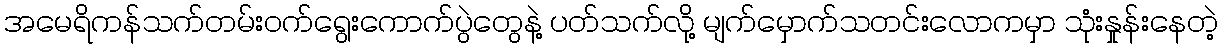
အမေရိကန်သက်တမ်းဝက်ရွေးကောက်ပွဲတွေနဲ့ ပတ်သက်လို့ မျက်မှောက်သတင်းလောကမှာ သုံးနှုန်းနေတဲ့